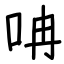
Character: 呥